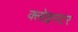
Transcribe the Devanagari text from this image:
क्लोइस्टर